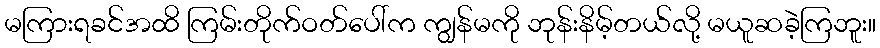
မကြားရခင်အထိ ကြမ်းတိုက်ဝတ်ပေါ်က ကျွန်မကို ဘုန်းနိမ့်တယ်လို့ မယူဆခဲ့ကြဘူး။